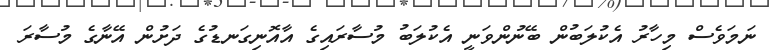
ނަމަވެސް މިހާރު އެކުލަބުން ބޭނުންވަނީ އެކުލަބު މުސާރައިގެ އާއޮނިގަނޑުގެ ދަށުން އޭނާގެ މުސާރަ